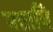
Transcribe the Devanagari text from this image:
मत्तायि